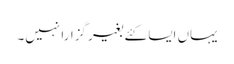
یہاں ایسا کئے بغیر گزارا نہیں۔